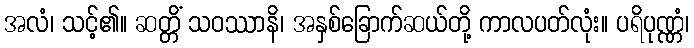
အလံ၊ သင့်၏။ ဆတ္တိံ သဝဿာနိ၊ အနှစ်ခြောက်ဆယ်တို့ ကာလပတ်လုံး။ ပရိပုဏ္ဏံ၊